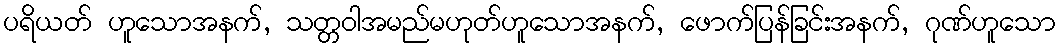
ပရိယတ် ဟူသောအနက်, သတ္တဝါအမည်မဟုတ်ဟူသောအနက်, ဖောက်ပြန်ခြင်းအနက်, ဂုဏ်ဟူသော